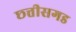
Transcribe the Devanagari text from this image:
छ्त्तीसगड